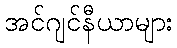
အင်ဂျင်နီယာများ